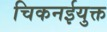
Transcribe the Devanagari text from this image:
चिकनईयुक्त